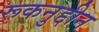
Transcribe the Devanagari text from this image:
रूकनुद्दीन